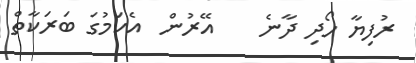
ރުފިޔާ ހޯދި ދާނެ    އޭރުން  އެކަމުގަ ބަރަކާތް